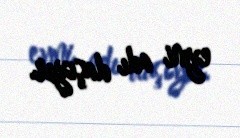
eyni adı daşıyır.